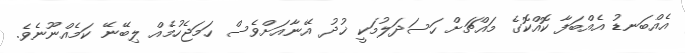
އެއްބަނޑު އެއްބަފާ ކޮއްކޮގެ މައްޗަށް ހަސަދަލުމަކީ ޚުދު އޭނާއަށްވެސް ހަމަޖެހުމެއް ލިބޭނޭ ކަމެއްނޫނެވެ.